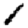
Digit: 1